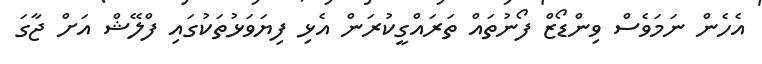
އެހެން ނަމަވެސް ވިންޑޯޒް ފޯނުތައް ތަރައްގީކުރަން އެޅި ފިޔަވަޅުތަކުގައި ފްލޭޝް އަށް ޖާގަ